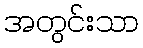
အတွင်းသာ